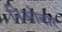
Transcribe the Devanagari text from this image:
निओबार